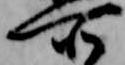
所